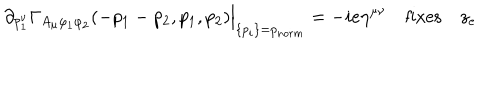
\partial _ { p _ { 1 } ^ { \nu } } \Gamma _ { A _ { \mu } \varphi _ { 1 } \varphi _ { 2 } } ( - p _ { 1 } - p _ { 2 } , p _ { 1 } , p _ { 2 } ) \Big | _ { \{ p _ { i } \} = p _ { n o r m } } = - i e \eta ^ { \mu \nu } \quad \mathrm { f i x e s } \quad z _ { e }